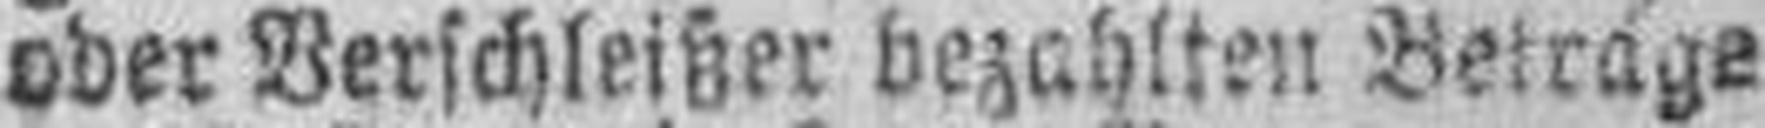
oder Verschleißer bezahlten Betrage